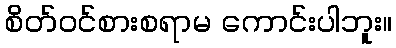
စိတ်ဝင်စားစရာမ ကောင်းပါဘူး။